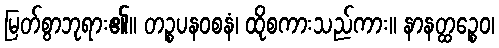
မြတ်စွာဘုရား၏။ တဉ္စပနဝစနံ၊ ထိုစကားသည်ကား။ နာနတ္ထဉ္စေဝ၊